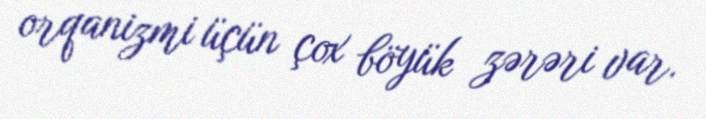
orqanizmi üçün çox böyük zərəri var.